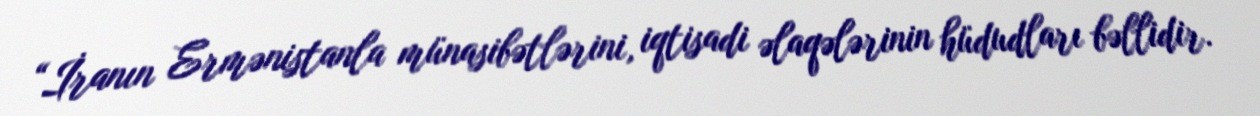
“İranın Ermənistanla münasibətlərini, iqtisadi əlaqələrinin hüdudları bəllidir.